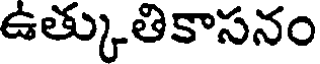
ఉత్కుతికాసనం